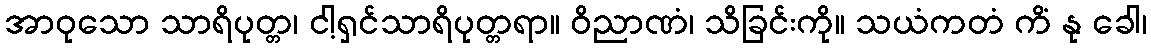
အာဝုသော သာရိပုတ္တ၊ ငါ့ရှင်သာရိပုတ္တရာ။ ဝိညာဏံ၊ သိခြင်းကို။ သယံကတံ ကိံ နု ခေါ၊